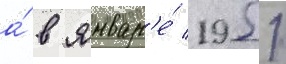
а́ в январ'е́ 1951